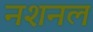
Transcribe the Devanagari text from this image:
नशनल